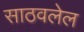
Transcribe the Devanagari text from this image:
साठवलेल